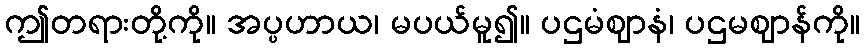
ဤတရားတို့ကို။ အပ္ပဟာယ၊ မပယ်မူ၍။ ပဌမံဈာနံ၊ ပဌမဈာန်ကို။